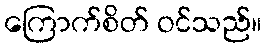
ကြောက်စိတ် ဝင်သည်။